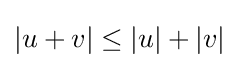
|u+v|\leq |u|+|v|